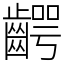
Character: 齶